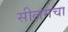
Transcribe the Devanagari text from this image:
सीलमचा